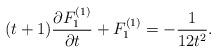
LaTeX: \begin{align*}(t +1) {\partial F_1^{(1)} \over \partial t} + F_1^{(1)} = - { 1 \over 12 t^2}.\end{align*}